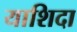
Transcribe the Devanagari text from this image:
याशिदा